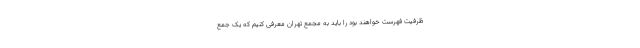
ظرفیت فهرست خواهند بود را باید به مجمع تهران معرفی کنیم که یک جمع